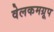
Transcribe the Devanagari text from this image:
वेलकमग्रूप